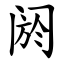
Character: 阏